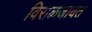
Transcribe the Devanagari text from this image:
विराळजायत